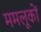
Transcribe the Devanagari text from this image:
ममलूकों